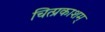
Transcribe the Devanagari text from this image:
चित्प्रकाशम्‌